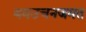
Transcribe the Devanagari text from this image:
बवउचनजमत